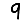
Digit: 9